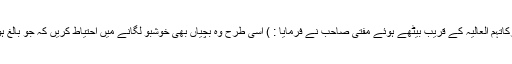
(امیرِاہلسنَّت دَامَتْ بَرَکاتُہُمُ الْعَالِیَہ کے قریب بیٹھے ہوئے مفتی صاحب نے فرمایا : ) اِسی طرح وہ بچیاں بھی خوشبو لگانے میں اِحتیاط کریں کہ جو بالغ ہونے کے قریب ہیں ۔